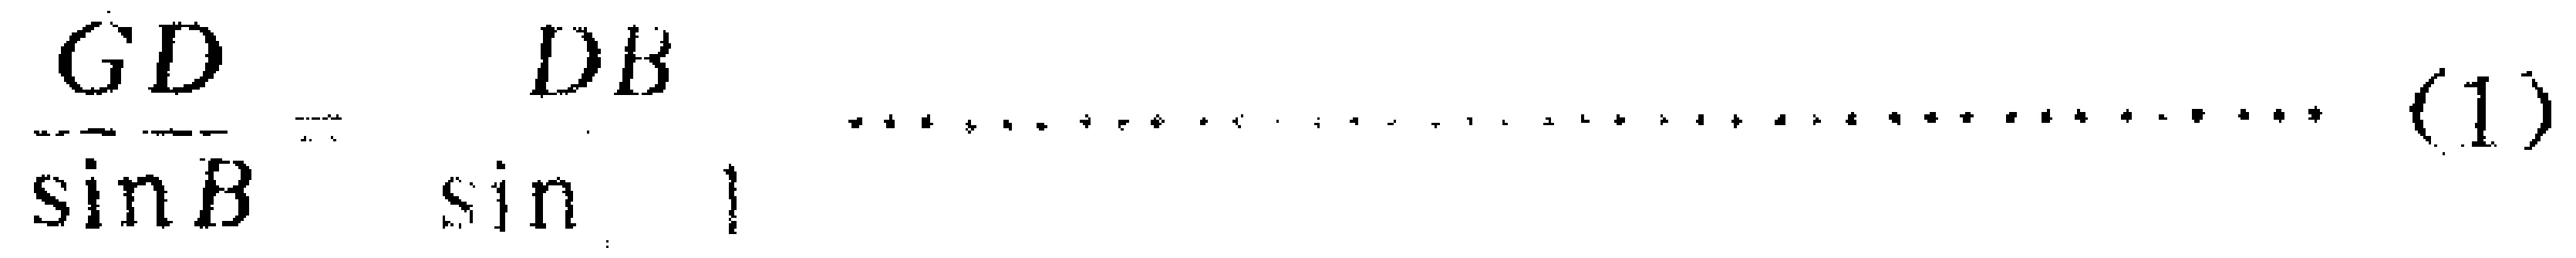
\(\frac{GD}{\sin B}=\frac{DB}{\sin  \ \ \!}\ \ \ \ \ \ \ \ \ \ \ \ \ \ \ \ \ \ \ \ \ \ \ \ \ \ \ \ \ \ \ \ \ \ \ \ \ \ \ \ \ \ \ \ \ \ \ \ \ \ \ \ \ \ \ \ \ \ \ \ \ \ \ \ \ \ \ \ \ \ \ \ \ \ \ \ \ \ \ \ \ \ \ \ \ \ \ \ \ \ \ \ \ \ \ \ \ \ \ \ \ \ \ \ \ \ \ \ \ \ \ \ \ \ \ \ \ \ \ \ \ \ \ \ \ \ \ \ \ \ \ \ \ \ \ \ \ \ \ \ \ \ \ \ \ \ \ \ \ \ \ \ \ \ \ \ \ \ \ \ \ \ \ \ \ \ \ \ \ \ \ \ \ \ \ \ \ \ \ \ \ \ \ \ \ \ \ \ \ \ \ \ \ \ \ \ \ \ \ \ \ \ \ \ \ \ \ \ \ \ \ \ \ \ \ \ \ \ \ \ \ \ \ \ \ \ \ \ \ \ \ \ \ \ \ \ \ \ \ \ \ \ \ \ \ \ \ \ \ \ \ \ \ \ \ \ \ \ \ \ \ \ \ \ \ \ \ \ \ \ \ \ \ \ \ \ \ \ \ \ \ \ \ \ \ \ \ \ \ \ \ \ \ \ \ \ \ \ \ \ \ \ \ \ \ \ \ \ \ \ \ \ \ \ \ \ \ \ \ \ \ \ \ \ \ \ \ \ \ \ \ \ \ \ \ \ \ \ \ \ \ \ \ \ \ \ \ \ \ \ \ \ \ \ \ \ \ \ \ \ \ \ \ \ \ \ \ \ \ \ \ \ \ \ \ \ \ \ \ \ \ \ \ \ \ \ \ \ \ \ \ \ \ \ \ \ \ \ \ \ \ \ \ \ \ \ \ \ \ \ \ \ \ \ \ \ \ \ \ \ \ \ \ \ \ \ \ \ \ \ \ \ \ \ \ \ \ \ \ \ \ \ \ \ \ \ \ \ \ \ \ \ \ \ \ \ \ \ \ \ \ \ \ \ \ \ \ \ \ \ \ \ \ \ \ \ \ \ \ \ \ \ \ \ \ \ \ \ \ \ \ \ \ \ \ \ \ \ \ \ \ \ \ \ \ \ \ \ \ \ \ \ \ \ \ \ \ \ \ \ \ \ \ \ \ \ \ \ \ \ \ \ \ \ \ \ \ \ \ \ \ \ \ \ \ \ \ \ \ \ \ \ \ \ \ \ \ \ \ \ \ \ \ \ \ \ \ \ \ \ \ \ \ \ \ \ \ \ \ \ \ \ \ \ \ \ \ \ \ \ \ \ \ \ \ \ \ \ \ \ \ \ \ \ \ \ \ \ \ \ \ \ \ \ \ \ \ \ \ \ \ \ \ \ \ \ \ \ \ \ \ \ \ \ \ \ \ \ \ \ \ \ \ \ \ \ \ \ \ \ \ \ \ \ \ \ \ \ \ \ \ \ \ \ \ \ \ \ \ \ \ \ \ \ \ \ \ \ \ \ \ \ \ \ \ \ \ \ \ \ \ \ \ \ \ \ \ \ \ \ \ \ \ \ \ \ \ \ \ \ \ \ \ \ \ \ \ \ \ \ \ \ \ \ \ \ \ \ \ \ \ \ \ \ \ \ \ \ \ \ \ \ \ \ \ \ \ \ \ \ \ \ \ \ \ \ \ \ \ \ \ \ \ \ \ \ \ \ \ \ \ \ \ \ \ \ \ \ \ \ \ \ \ \ \ \ \ \ \ \ \ \ \ \ \ \ \ \ \ \ \ \ \ \ \ \ \ \ \ \ \ \ \ \ \ \ \ \ \ \ \ \ \ \ \ \ \ \ \ \ \ \ \ \ \ \ \ \ \ \ \ \ \ \ \ \ \ \ \ \ \ \ \ \ \ \ \ \ \ \ \ \ \ \ \ \ \ \ \ \ \ \ \ \ \ \ \ \ \ \ \ \ \ \ \ \ \ \ \ \ \ \ \ \ \ \ \ \ \ \ \ \ \ \ \ \ \ \ \ \ \ \ \ \ \ \ \ \ \ \ \ \ \ \ \ \ \ \ \ \ \ \ \ \ \ \ \ \ \ \ \ \ \ \ \ \ \ \ \ \ \ \ \ \ \ \ \ \ \ \ \ \ \ \ \ \ \ \ \ \ \ \ \ \ \ \ \ \ \ \ \ \ \ \ \ \ \ \ \ \ \ \ \ \ \ \ \ \ \ \ \ \ \ \ \ \ \ \ \ \ \ \ \ \ \ \ \ \ \ \ \ \ \ \ \ \ \ \ \ \ \ \ \ \ \ \ \ \ \ \ \ \ \ \ \ \ \ \ \ \ \ \ \ \ \ \ \ \ \ \ \ \ \ \ \ \ \ \ \ \ \ \ \ \ \ \ \ \ \ \ \ \ \ \ \ \ \ \ \ \ \ \ \ \ \ \ \ \ \ \ \ \ \ \ \ \ \ \ \ \ \ \ \ \ \ \ \ \ \ \ \ \ \ \ \ \ \ \ \ \ \ \ \ \ \ \ \ \ \ \ \ \ \ \ \ \ \ \ \ \ \ \ \ \ \ \ \ \ \ \ \ \ \ \ \ \ \ \ \ \ \ \ \ \ \ \ \ \ \ \ \ \ \ \ \ \ \ \ \ \ \ \ \ \ \ \ \ \ \ \ \ \ \ \ \ \ \ \ \ \ \ \ \ \ \ \ \ \ \ \ \ \ \ \ \ \ \ \ \ \ \ \ \ \ \ \ \ \ \ \ \ \ \ \ \ \ \ \ \ \ \ \ \ \ \ \ \ \ \ \ \ \ \ \ \ \ \ \ \ \ \ \ \ \ \ \ \ \ \ \ \ \ \ \ \ \ \ \ \ \ \ \ \ \ \ \ \ \ \ \ \ \ \ \ \ \ \ \ \ \ \ \ \ \ \ \ \ \ \ \ \ \ \ \ \ \ \ \ \ \ \ \ \ \ \ \ \ \ \ \ \ \ \ \ \ \ \ \ \ \ \ \ \ \ \ \ \ \ \ \ \ \ \ \ \ \ \ \ \ \ \ \ \ \ \ \ \ \ \ \ \ \ \ \ \ \ \ \ \ \ \ \ \ \ \ \ \ \ \ \ \ \ \ \ \ \ \ \ \ \ \ \ \ \ \ \ \ \ \ \ \ \ \ \ \ \ \ \ \ \ \ \ \ \ \ \ \ \ \ \ \ \ \ \ \ \ \ \ \ \ \ \ \ \ \ \ \ \ \ \ \ \ \ \ \ \ \ \ \ \ \ \ \ \ \ \ \ \ \ \ \ \ \ \ \ \ \ \ \ \ \ \ \ \ \ \ \ \ \ \ \ \ \ \ \ \ \ \ \ \ \ \ \ \ \ \ \ \ \ \ \ \ \ \ \ \ \ \ \ \ \ \ \ \ \ \ \ \ \ \ \ \ \ \ \ \ \ \ \ \ \ \ \ \ \ \ \ \ \ \ \ \ \ \ \ \ \ \ \ \ \ \ \ \ \ \ \ \ \ \ \ \ \ \ \ \ \ \ \ \ \ \ \ \ \ \ \ \ \ \ \ \ \ \ \ \ \ \ \ \ \ \ \ \ \ \ \ \ \ \ \ \ \ \ \ \ \ \ \ \ \ \ \ \ \ \ \ \ \ \ \ \ \ \ \ \ \ \ \ \ \ \ \ \ \ \ \ \ \ \ \ \ \ \ \ \ \ \ \ \ \ \ \ \ \ \ \ \ \ \ \ \ \ \ \ \ \ \ \ \ \ \ \ \ \ \ \ \ \ \ \ \ \ \ \ \ \ \ \ \ \ \ \ \ \ \ \ \ \ \ \ \ \ \ \ \ \ \ \ \ \ \ \ \ \ \ \ \ \ \ \ \ \ \ \ \ \ \ \ \ \ \ \ \ \ \ \ \ \ \ \ \ \ \ \ \ \ \ \ \ \ \ \ \ \ \ \ \ \ \ \ \ \ \ \ \ \ \ \ \ \ \ \ \ \ \ \ \ \ \ \ \ \ \ \ \ \ \ \ \ \ \ \ \ \ \ \ \ \ \ \ \ \ \ \ \ \ \ \ \ \ \ \ \ \ \ \ \ \ \ \ \ \ \ \ \ \ \ \ \ \ \ \ \ \ \ \ \ \ \ \ \ \ \ \ \ \ \ \ \ \ \ \ \ \ \ \ \ \ \ \ \ \ \ \ \ \ \ \ \ \ \ \ \ \ \ \ \ \ \ \ \ \ \ \ \ \ \ \ \ \ \ \ \ \ \ \ \ \ \ \ \ \ \ \ \ \ \ \ \ \ \ \ \ \ \ \ \ \ \ \ \ \ \ \ \ \ \ \ \ \ \ \ \ \ \ \ \ \ \ \ \ \ \ \ \ \ \ \ \ \ \ \ \ \ \ \ \ \ \ \ \ \ \ \ \ \ \ \ \ \ \ \ \ \ \ \ \ \ \ \ \ \ \ \ \ \ \ \ \ \ \ \ \ \ \ \ \ \ \ \ \ \ \ \ \ \ \ \ \ \ \ \ \ \ \ \ \ \ \ \ \ \ \ \ \ \ \ \ \ \ \ \ \ \ \ \ \ \ \ \ \ \ \ \ \ \ \ \ \ \ \ \ \ \ \ \ \ \ \ \ \ \ \ \ \ \ \ \ \ \ \ \ \ \ \ \ \ \ \ \ \ \ \ \ \ \ \ \ \ \ \ \ \ \ \ \ \ \ \ \ \ \ \ \ \ \ \ \ \ \ \ \ \ \ \ \ \ \ \ \ \ \ \ \ \ \ \ \ \ \ \ \ \ \ \ \ \ \ \ \ \ \ \ \ \ \ \ \ \ \ \ \ \ \ \ \ \ \ \ \ \ \ \ \ \ \ \ \ \ \ \ \ \ \ \ \ \ \ \ \ \ \ \ \ \ \ \ \ \ \ \ \ \ \ \ \ \ \ \ \ \ \ \ \ \ \ \ \ \ \ \ \ \ \ \ \ \ \ \ \ \ \ \ \ \ \ \ \ \ \ \ \ \ \ \ \ \ \ \ \ \ \ \ \ \ \ \ \ \ \ \ \ \ \ \ \ \ \ \ \ \ \ \ \ \ \ \ \ \ \ \ \ \ \ \ \ \ \ \ \ \ \ \ \ \ \ \ \ \ \ \ \ \ \ \ \ \ \ \ \ \ \ \ \ \ \ \ \ \ \ \ \ \ \ \ \ \ \ \ \ \ \ \ \ \ \ \ \ \ \ \ \ \ \ \ \ \ \ \ \ \ \ \ \ \ \ \ \ \ \ \ \ \ \ \ \ \ \ \ \ \ \ \ \ \ \ \ \ \ \ \ \ \ \ \ \ \ \ \ \ \ \ \ \ \ \ \ \ \ \ \ \ \ \ \ \ \ \ \ \ \ \ \ \ \ \ \ \ \ \ \ \ \ \ \ \ \ \ \ \ \ \ \ \ \ \ \ \ \ \ \ \ \ \ \ \ \ \ \ \ \ \ \ \ \ \ \ \ \ \ \ \ \ \ \ \ \ \ \ \ \ \ \ \ \ \ \ \ \ \ \ \ \ \ \ \ \ \ \ \ \ \ \ \ \ \ \ \ \ \ \ \ \ \ \ \ \ \ \ \ \ \ \ \ \ \ \ \ \ \ \ \ \ \ \ \ \ \ \ \ \ \ \ \ \ \ \ \ \ \ \ \ \ \ \ \ \ \ \ \ \ \ \ \ \ \ \ \ \ \ \ \ \ \ \ \ \ \ \ \ \ \ \ \ \ \ \ \ \ \ \ \ \ \ \ \ \ \ \ \ \ \ \ \ \ \ \ \ \ \ \ \ \ \ \ \ \ \ \ \ \ \ \ \ \ \ \ \ \ \ \ \ \ \ \ \ \ \ \ \ \ \ \ \ \ \ \ \ \ \ \ \ \ \ \ \ \ \ \ \ \ \ \ \ \ \ \ \ \ \ \ \ \ \ \ \ \ \ \ \ \ \ \ \ \ \ \ \ \ \ \ \ \ \ \ \ \ \ \ \ \ \ \ \ \ \ \ \ \ \ \ \ \ \ \ \ \ \ \ \ \ \ \ \ \ \ \ \ \ \ \ \ \ \ \ \ \ \ \ \ \ \ \ \ \ \ \ \ \ \ \ \ \ \ \ \ \ \ \ \ \ \ \ \ \ \ \ \ \ \ \ \ \ \ \ \ \ \ \ \ \ \ \ \ \ \ \ \ \ \ \ \ \ \ \ \ \ \ \ \ \ \ \ \ \ \ \ \ \ \ \ \ \ \ \ \ \ \ \ \ \ \ \ \ \ \ \ \ \ \ \ \ \ \ \ \ \ \ \ \ \ \ \ \ \ \ \ \ \ \ \ \ \ \ \ \ \ \ \ \ \ \ \ \ \ \ \ \ \ \ \ \ \ \ \ \ \ \ \ \ \ \ \ \ \ \ \ \ \ \ \ \ \ \ \ \ \ \ \ \ \ \ \ \ \ \ \ \ \ \ \ \ \ \ \ \ \ \ \ \ \ \ \ \ \ \ \ \ \ \ \ \ \ \ \ \ \ \ \ \ \ \ \ \ \ \ \ \ \ \ \ \ \ \ \ \ \ \ \ \ \ \ \ \ \ \ \ \ \ \ \ \ \ \ \ \ \ \ \ \ \ \ \ \ \ \ \ \ \ \ \ \ \ \ \ \ \ \ \ \ \ \ \ \ \ \ \ \ \ \ \ \ \ \ \ \ \ \ \ \ \ \ \ \ \ \ \ \ \ \ \ \ \ \ \ \ \ \ \ \ \ \ \ \ \ \ \ \ \ \ \ \ \ \ \ \ \ \ \ \ \ \ \ \ \ \ \ \ \ \ \ \ \ \ \ \ \ \ \ \ \ \ \ \ \ \ \ \ \ \ \ \ \ \ \ \ \ \ \ \ \ \ \ \ \ \ \ \ \ \ \ \ \ \ \ \ \ \ \ \ \ \ \ \ \ \ \ \ \ \ \ \ \ \ \ \ \ \ \ \ \ \ \ \ \ \ \ \ \ \ \ \ \ \ \ \ \ \ \ \ \ \ \ \ \ \ \ \ \ \ \ \ \ \ \ \ \ \ \ \ \ \ \ \ \ \ \ \ \ \ \ \ \ \ \ \ \ \ \ \ \ \ \ \ \ \ \ \ \ \ \ \ \ \ \ \ \ \ \ \ \ \ \ \ \ \ \ \ \ \ \ \ \ \ \ \ \ \ \ \ \ \ \ \ \ \ \ \ \ \ \ \ \ \ \ \ \ \ \ \ \ \ \ \ \ \ \ \ \ \ \ \ \ \ \ \ \ \ \ \ \ \ \ \ \ \ \ \ \ \ \ \ \ \ \ \ \ \ \ \ \ \ \ \ \ \ \ \ \ \ \ \ \ \ \ \ \ \ \ \ \ \ \ \ \ \ \ \ \ \ \ \ \ \ \ \ \ \ \ \ \ \ \ \ \ \ \ \ \ \ \ \ \ \ \ \ \ \ \ \ \ \ \ \ \ \ \ \ \ \ \ \ \ \ \ \ \ \ \ \ \ \ \ \ \ \ \ \ \ \ \ \ \ \ \ \ \ \ \ \ \ \ \ \ \ \ \ \ \ \ \ \ \ \ \ \ \ \ \ \ \ \ \ \ \ \ \ \ \ \ \ \ \ \ \ \ \ \ \ \ \ \ \ \ \ \ \ \ \ \ \ \ \ \ \ \ \ \ \ \ \ \ \ \ \ \ \ \ \ \ \ \ \ \ \ \ \ \ \ \ \ \ \ \ \ \ \ \ \ \ \ \ \ \ \ \ \ \ \ \ \ \ \ \ \ \ \ \ \ \ \ \ \ \ \ \ \ \ \ \ \ \ \ \ \ \ \ \ \ \ \ \ \ \ \ \ \ \ \ \ \ \ \ \ \ \ \ \ \ \ \ \ \ \ \ \ \ \ \ \ \ \ \ \ \ \ \ \ \ \ \ \ \ \ \ \ \ \ \ \ \ \ \ \ \ \ \ \ \ \ \ \ \ \ \ \ \ \ \ \ \ \ \ \ \ \ \ \ \ \ \ \ \ \ \ \ \ \ \ \ \ \ \ \ \ \ \ \ \ \ \ \ \ \ \ \ \ \ \ \ \ \ \ \ \ \ \ \ \ \ \ \ \ \ \ \ \ \ \ \ \ \ \ \ \ \ \ \ \ \ \ \ \ \ \ \ \ \ \ \ \ \ \ \ \ \ \ \ \ \ \ \ \ \ \ \ \ \ \ \ \ \ \ \ \ \ \ \ \ \ \ \ \ \ \ \ \ \ \ \ \ \ \ \ \ \ \ \ \ \ \ \ \ \ \ \ \ \ \ \ \ \ \ \ \ \ \ \ \ \ \ \ \ \ \ \ \ \ \ \ \ \ \ \ \ \ \ \ \ \ \ \ \ \ \ \ \ \ \ \ \ \ \ \ \ \ \ \ \ \ \ \ \ \ \ \ \ \ \ \ \ \ \ \ \ \ \ \ \ \ \ \ \ \ \ \ \ \ \ \ \ \ \ \ \ \ \ \ \ \ \ \ \ \ \ \ \ \ \ \ \ \ \ \ \ \ \ \ \ \ \ \ \ \ \ \ \ \ \ \ \ \ \ \ \ \ \ \ \ \ \ \ \ \ \ \ \ \ \ \ \ \ \ \ \ \ \ \ \ \ \ \ \ \ \ \ \ \ \ \ \ \ \ \ \ \ \ \ \ \ \ \ \ \ \ \ \ \ \ \ \ \ \ \ \ \ \ \ \ \ \ \ \ \ \ \ \ \ \ \ \ \ \ \ \ \ \ \ \ \ \ \ \ \ \ \ \ \ \ \ \ \ \ \ \ \ \ \ \ \ \ \ \ \ \ \ \ \ \ \ \ \ \ \ \ \ \ \ \ \ \ \ \ \ \ \ \ \ \ \ \ \ \ \ \ \ \ \ \ \ \ \ \ \ \ \ \ \ \ \ \ \ \ \ \ \ \ \ \ \ \ \ \ \ \ \ \ \ \ \ \ \ \ \ \ \ \ \ \ \ \ \ \ \ \ \ \ \ \ \ \ \ \ \ \ \ \ \ \ \ \ \ \ \ \ \